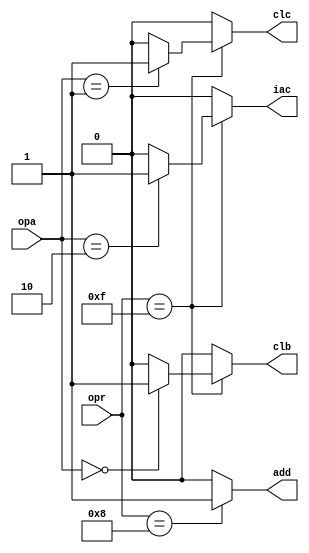
// Student Name: Daniel Martin
// Description: Behavioral Instruction Decoder for 4-bit cpu

`timescale 1ns / 1ns

module instrdec_bhv (input wire [3:0] opr, opa,
		output reg clb, clc, iac, add);
	
	always @ (opa or opr)
		begin
		case (opr)
		   	4'b1111: begin 
		   		  case (opa)
		   			4'b0000: begin add = 0; clb = 1; clc = 0; iac = 0; end
		   			4'b0001: begin add = 0; clb = 0; clc = 1; iac = 0; end
		   			4'b0010: begin add = 0; clb = 0; clc = 0; iac = 1; end
		   			default: begin add = 0; clb = 0; clc = 0; iac = 0; end
		   		  endcase
		   		  end
		   	4'b1000: begin add = 1; clb = 0; clc = 0; iac = 0; end
		   	default: begin add = 0; clb = 0; clc = 0; iac = 0; end
		endcase
		end
  
  endmodule